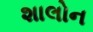
શાલોન